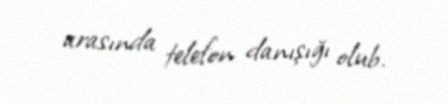
arasında telefon danışığı olub.